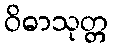
ဝိဓာသုတ္တ